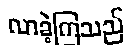
လာခဲ့ကြသည်